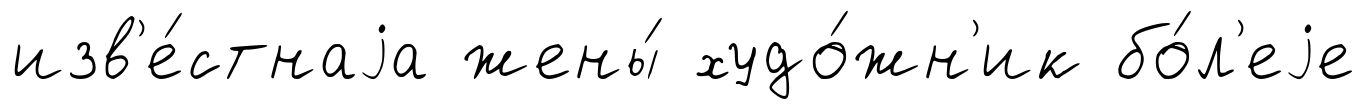
изв'е́стнаjа жены́ худо́жн'ик бо́л'еjе